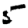
Digit: 5